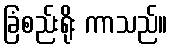
ခြံစည်းရိုး ကာသည်။